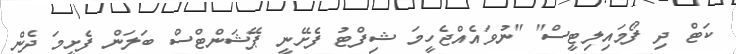
ކަޓް ދި ފޯމައިލިޓީސް" "ނުވައެއްޖެހީމަ ޝިފްޓު ފެށޭނީ ޕޭޝަންޓްސް ބަލަން ފެށީމަ ދެން